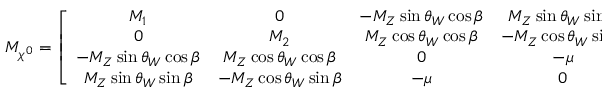
{ \cal M } _ { \chi ^ { 0 } } = \left[ \begin{array} { c c c c } { { M _ { 1 } } } & { { 0 } } & { { - M _ { Z } \sin \theta _ { W } \cos \beta } } & { { M _ { Z } \sin \theta _ { W } \sin \beta } } \\ { { 0 } } & { { M _ { 2 } } } & { { M _ { Z } \cos \theta _ { W } \cos \beta } } & { { - M _ { Z } \cos \theta _ { W } \sin \beta } } \\ { { - M _ { Z } \sin \theta _ { W } \cos \beta } } & { { M _ { Z } \cos \theta _ { W } \cos \beta } } & { { 0 } } & { { - \mu } } \\ { { M _ { Z } \sin \theta _ { W } \sin \beta } } & { { - M _ { Z } \cos \theta _ { W } \sin \beta } } & { { - \mu } } & { { 0 } } \end{array} \right]